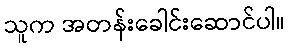
သူက အတန်းခေါင်းဆောင်ပါ။